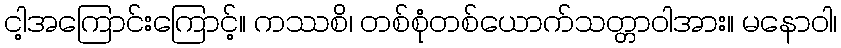
ငါ့အကြောင်းကြောင့်။ ကဿစိ၊ တစ်စုံတစ်ယောက်သတ္တာဝါအား။ မနောဝါ၊